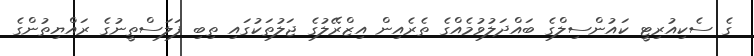
ގެ ސެކިއުރިޓީ ކައުންސިލްގެ ބައްދަލުވުމެއްގެ ތެރެއިން އިޒްރޭލުގެ ޖަލުތަކުގައި ތިބި ފަލަސްތީނުގެ ރައްޔިތުންގެ